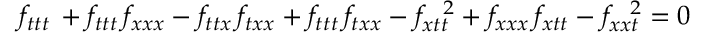
f _ { t t t } \, + f _ { t t t } \, f _ { x x x } - f _ { t t x } \, f _ { t x x } + f _ { t t t } \, f _ { t x x } - f _ { x t t } ^ { \; \; \; 2 } + f _ { x x x } \, f _ { x t t } - f _ { x x t } ^ { \; \; \; 2 } = 0